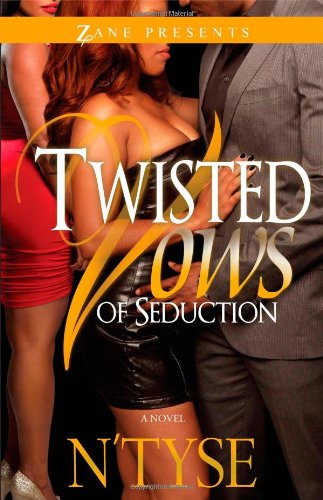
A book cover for Twisted Vows of Seduction (Twisted Series); N'Tyse; Romance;